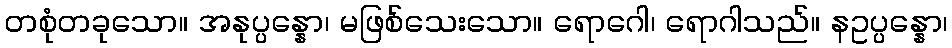
တစုံတခုသော။ အနုပ္ပန္နော၊ မဖြစ်သေးသော။ ရောဂေါ၊ ရောဂါသည်။ နဥပ္ပန္နော၊